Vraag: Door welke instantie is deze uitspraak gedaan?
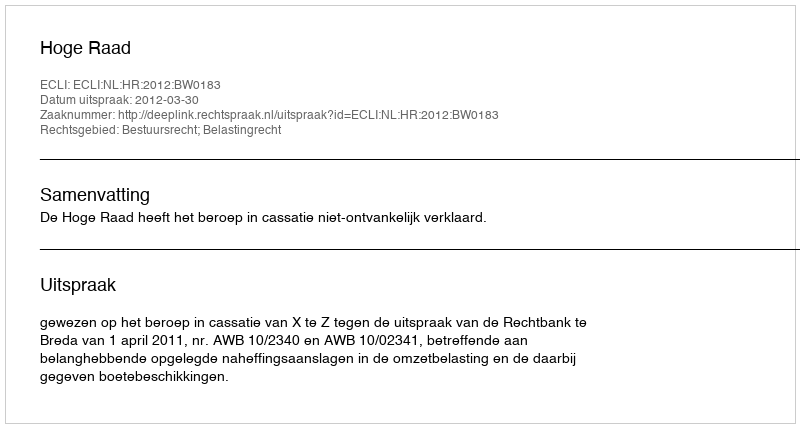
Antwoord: Hoge Raad